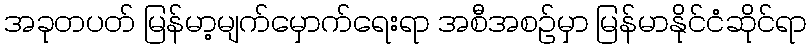
အခုတပတ် မြန်မာ့မျက်မှောက်ရေးရာ အစီအစဉ်မှာ မြန်မာနိုင်ငံဆိုင်ရာ